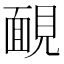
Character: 靦